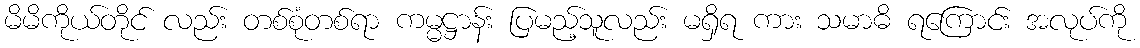
မိမိကိုယ်တိုင် လည်း တစ်စုံတစ်ရာ ကမ္မဋ္ဌာန်း ပြမည့်သူလည်း မရှိရ ကား သမာဓိ ရကြောင်း အလုပ်ကို